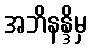
အဘိနန္ဒိမှ